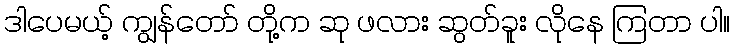
ဒါပေမယ့် ကျွန်တော် တို့က ဆု ဖလား ဆွတ်ခူး လိုနေ ကြတာ ပါ။